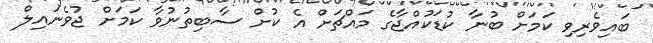
ބައިވެރިވި ކަމަށް ބުނާ ކުޑަކުއްޖާގެ މައްޗަށް އެ ކުށް ސާބިތުނުވާ ކަމަށް ޖުވެނައިލް